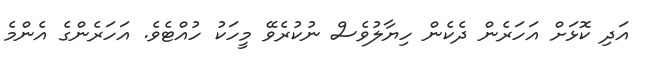
އަދި ކޮޅަށް އަހަރެން ދެކެން ހިޔާލުވެސް ނުކުރެވޭ މީހަކު ހުއްޓެވެ. އަހަރެންގެ އެންމެ